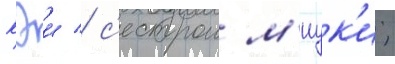
кэи / с'естрои м'иук'и;